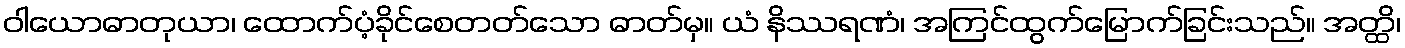
ဝါယောဓာတုယာ၊ ထောက်ပံ့ခိုင်စေတတ်သော ဓာတ်မှ။ ယံ နိဿရဏံ၊ အကြင်ထွက်မြောက်ခြင်းသည်။ အတ္ထိ၊